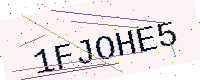
Text: 1FJOHE5